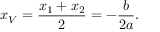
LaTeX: x _ { V } = { \frac { x _ { 1 } + x _ { 2 } } { 2 } } = - { \frac { b } { 2 a } } .